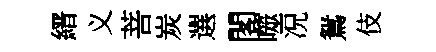
縉义菩炭選閣噬况鴛伎